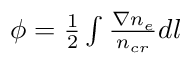
\begin{array} { r } { \phi = \frac { 1 } { 2 } \int \frac { \nabla n _ { e } } { n _ { c r } } d l } \end{array}